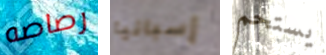
رصاصه إسبانيا يستحم